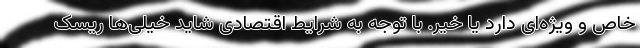
خاص و ویژه‌ای دارد یا خیر. با توجه به شرایط اقتصادی شاید خیلی‌ها ریسک